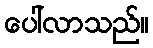
ပေါ်လာသည်။